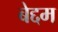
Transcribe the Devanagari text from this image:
बेद्दम